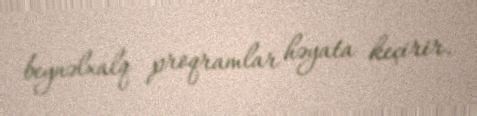
beynəlxalq proqramlar həyata keçirir.